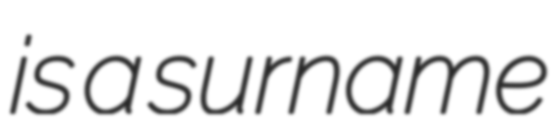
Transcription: is a surname